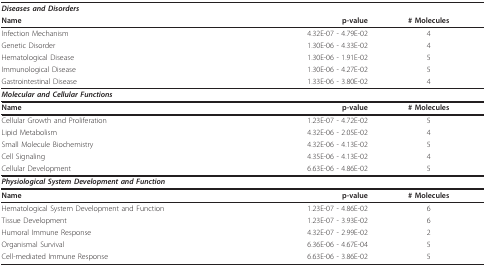
| <COLSPAN=3> Diseases and Disorders |
 | Name | p-value | # Molecules |
 | --- | --- | --- |
 | Infection Mechanism | 4.32E-07 - 4.79E-02 | 4 |
 | Genetic Disorder | 1.30E-06 - 4.33E-02 | 4 |
 | Hematological Disease | 1.30E-06 - 1.91E-02 | 5 |
 | Immunological Disease | 1.30E-06 - 4.27E-02 | 5 |
 | Gastrointestinal Disease | 1.33E-06 - 3.80E-02 | 4 |
 | <COLSPAN=3> Molecular and Cellular Functions |
 | Name | p-value | # Molecules |
 | Cellular Growth and Proliferation | 1.23E-07 - 4.72E-02 | 5 |
 | Lipid Metabolism | 4.32E-06 - 2.05E-02 | 4 |
 | Small Molecule Biochemistry | 4.32E-06 - 4.13E-02 | 5 |
 | Cell Signaling | 4.35E-06 - 4.13E-02 | 4 |
 | Cellular Development | 6.63E-06 - 4.86E-02 | 5 |
 | <COLSPAN=3> Physiological System Development and Function |
 | Name | p-value | # Molecules |
 | Hematological System Development and Function | 1.23E-07 - 4.86E-02 | 6 |
 | Tissue Development | 1.23E-07 - 3.93E-02 | 6 |
 | Humoral Immune Response | 4.32E-07 - 2.99E-02 | 2 |
 | Organismal Survival | 6.36E-06 - 4.67E-04 | 5 |
 | Cell-mediated Immune Response | 6.63E-06 - 3.86E-02 | 5 |